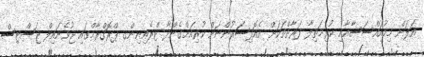
އަލަށް މިމުއައްސަސާއާއި ކުރިމަތިލާ ފަރާތްތަކަށް އެއޮފިސަރުންނަށް ކުރިއަށްގެންދާ ޓްރެއިނިންގ ޕްރޮގްރާމްގައި ޖުވެނައިލް ޖަސްޓިސް